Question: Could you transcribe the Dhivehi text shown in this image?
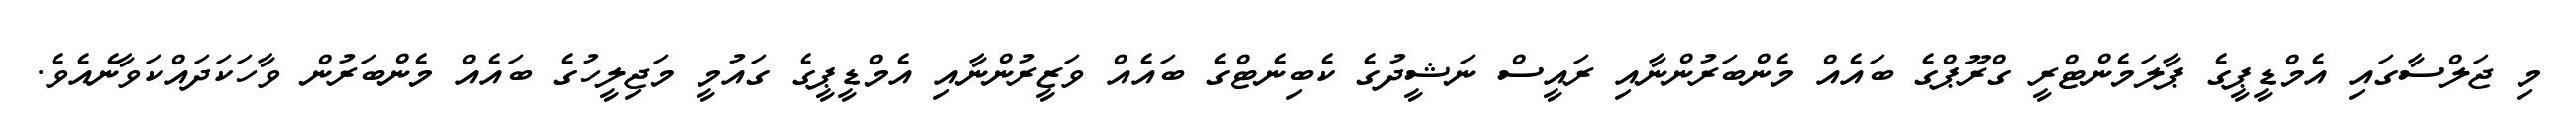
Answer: މި ޖަލްސާގައި އެމްޑީޕީގެ ޕާލަމެންޓްރީ ގްރޫޕްގެ ބައެއް މެންބަރުންނާއި ރައީސް ނަޝީދުގެ ކެބިނެޓްގެ ބައެއް ވަޒީރުންނާއި އެމްޑީޕީގެ ގައުމީ މަޖިލީހުގެ ބައެއް މެންބަރުން ވާހަކަދައްކަވާނެއެވެ.